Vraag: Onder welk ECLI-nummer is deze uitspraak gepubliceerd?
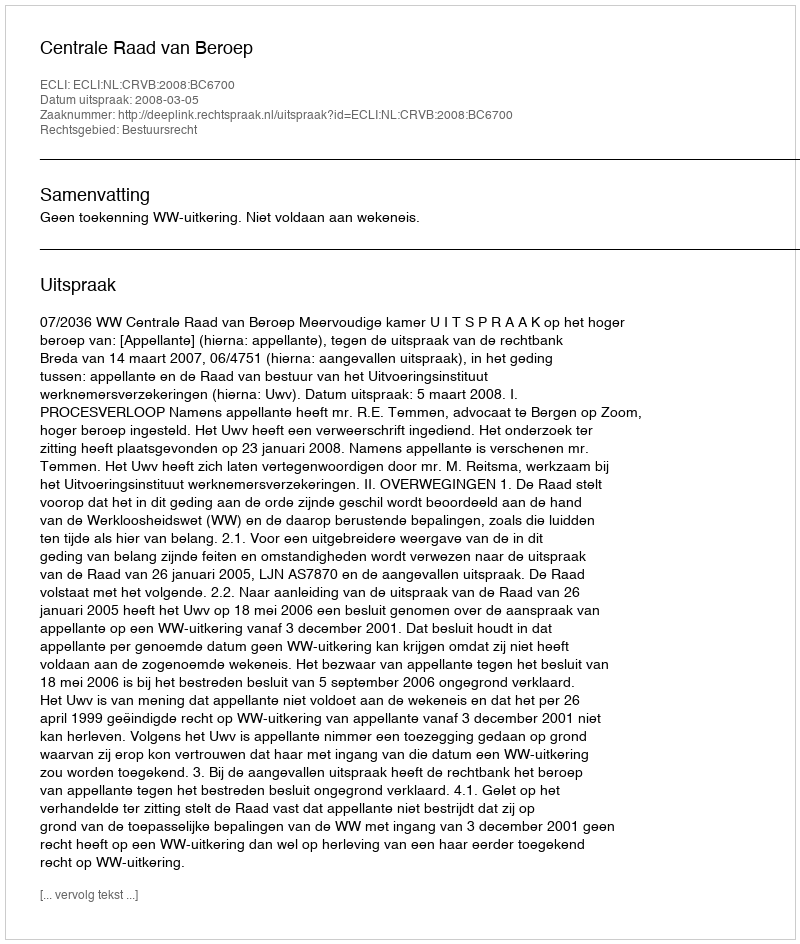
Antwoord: ECLI:NL:CRVB:2008:BC6700